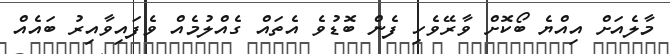
މާލެއަށް އިއްޔެ ބޯކޮށް ވާރޭވެހި ފެން ބޮޑުވެ އެތައް ގެއްލުމެއް ވެފައިވާއިރު ބައެއް